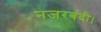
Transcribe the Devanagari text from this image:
नजरबंदी।